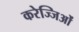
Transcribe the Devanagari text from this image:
करेज्जिओं